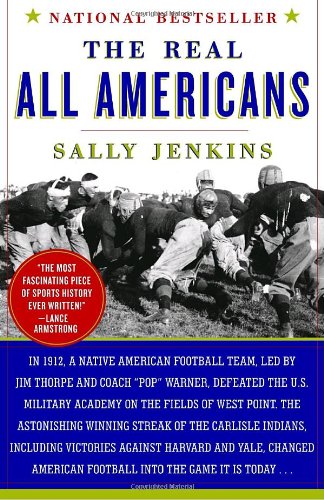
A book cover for The Real All Americans; Sally Jenkins; History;